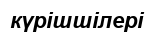
күрішшілері